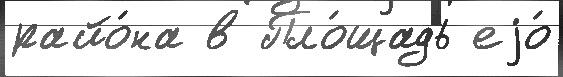
райо́на в Пло́щадь еjо́